Leaving Certificate, 1937
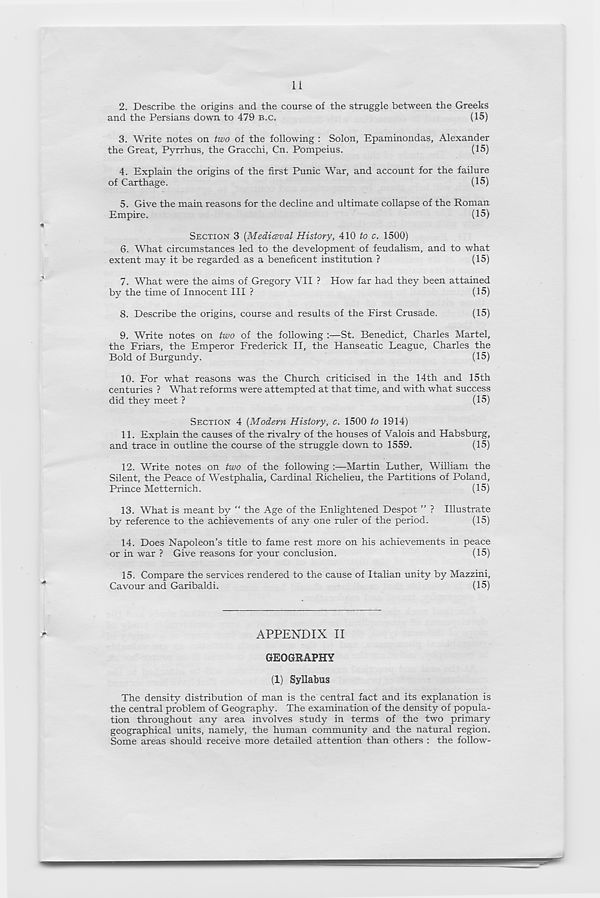
11
2. Describe the origins and the course of the struggle between the Greeks
and the Persians down to 479 B.C.
(15)
3. Write notes on two of the following : Solon, Epaminondas, Alexander
the Great, Pyrrhus, the Gracchi, Cn. Pompeius.
(15)
4. Explain the origins of the first Punic War, and account for the failure
of Carthage.
(15)
5. Give the main reasons for the decline and ultimate collapse of the Roman
Empire.
(15)
SECTION 3 {Medieval History, 410 to c. 1500)
6. What circumstances led to the development of feudalism, and to what
extent may it be regarded as a beneficent institution ?
(15)
7. What were the aims of Gregory VII ? How far had they been attained
by the time of Innocent III ?
(15)
8. Describe the origins, course and results of the First Crusade.
(15)
9. Write notes on two of the following :—St. Benedict, Charles Martel,
the Friars, the Emperor Frederick II, the Hanseatic League, Charles the
Bold of Burgundy.
(15)
10. For what reasons was the Church criticised in the 14th and 15th
centuries ? What reforms were attempted at that time, and with what success
did they meet ?
(15)
SECTION 4 [Modern History, c. 1500 to 1914)
11. Explain the causes of the rivalry of the houses of Valois and Habsburg,
and trace in outline the course of the struggle down to 1559.
(15)
12. Write notes on two of the following :—Martin Luther, William the
Silent, the Peace of Westphalia, Cardinal Richelieu, the Partitions of Poland,
Prince Metternich.
(15)
13. What is meant by “ the Age of the Enlightened Despot ” ? Illustrate
by reference to the achievements of any one ruler of the period.
(15)
14. Does Napoleon’s title to fame rest more on his achievements in peace
or in war ? Give reasons for your conclusion.
(15)
15. Compare the services rendered to the cause of Italian unity by Mazzini,
Cavour and Garibaldi.
(15)
APPENDIX II
GEOGRAPHY
(1) Syllabus
The density distribution of man is the central fact and its explanation is
the central problem of Geography. The examination of the density of popula-
tion throughout any area involves study in terms of the two primary
geographical units, namely, the human community and the natural region.
Some areas should receive more detailed attention than others : the follow-